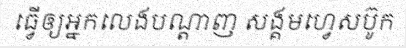
ធ្វើឲ្យអ្នកលេងបណ្តាញ សង្គមហ្វេសប៊ូក